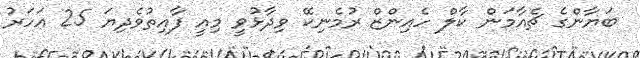
ބަޔާންގެ ޗެއާމަން ކާލް ހެއިންޒް ރުމެނިކޭ ވިދާޅުވީ މިއީ ފާއިތުވެދިޔަ 25 އަހަރު